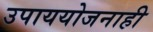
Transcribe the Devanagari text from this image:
उपाययोजनाही